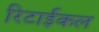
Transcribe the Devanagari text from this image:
रिटाईकल